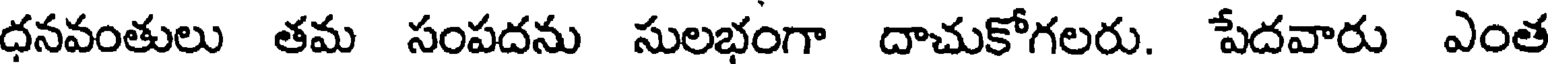
ధనవంతులు తమ సంపదను సులభంగా దాచుకోగలరు. పేదవారు ఎంత